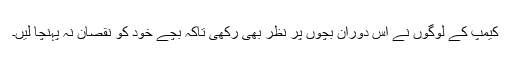
کیمپ کے لوگوں نے اس دوران بچوں پر نظر بھی رکھی تاکہ بچے خود کو نقصان نہ پہنچا لیں۔